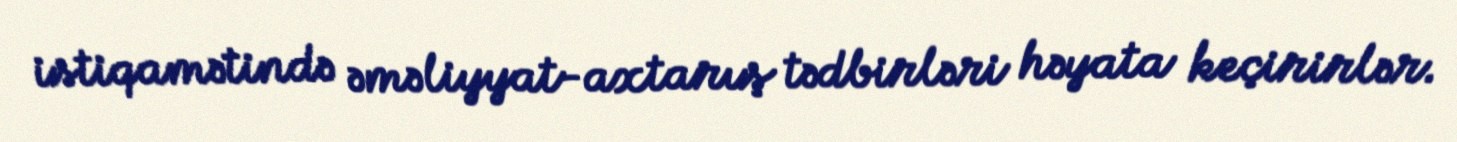
istiqamətində əməliyyat-axtarış tədbirləri həyata keçirirlər.